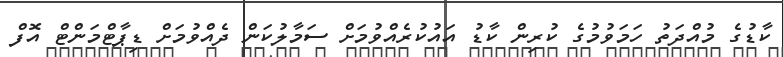
ކާޑުގެ މުއްދަތު ހަމަވުމުގެ ކުރިން ކާޑު އައުކުރެއްވުމަށް ސަމާލުކަން ދެއްވުމަށް ޑިޕާޓްމަންޓް އޮފް